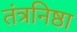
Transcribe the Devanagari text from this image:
तंत्रनिष्ठा